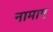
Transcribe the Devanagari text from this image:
नामाए